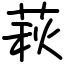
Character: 萩